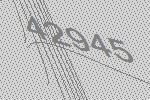
42945